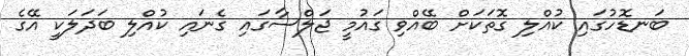
ބަނޑޮހުގައި ކުއްލި ގޮތަކަށް ބޭއްވި ގައުމީ ޖަލްސާގައި ގެނައި ކުއްލި ބަދަލަކީ އޭގެ